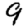
Digit: 9